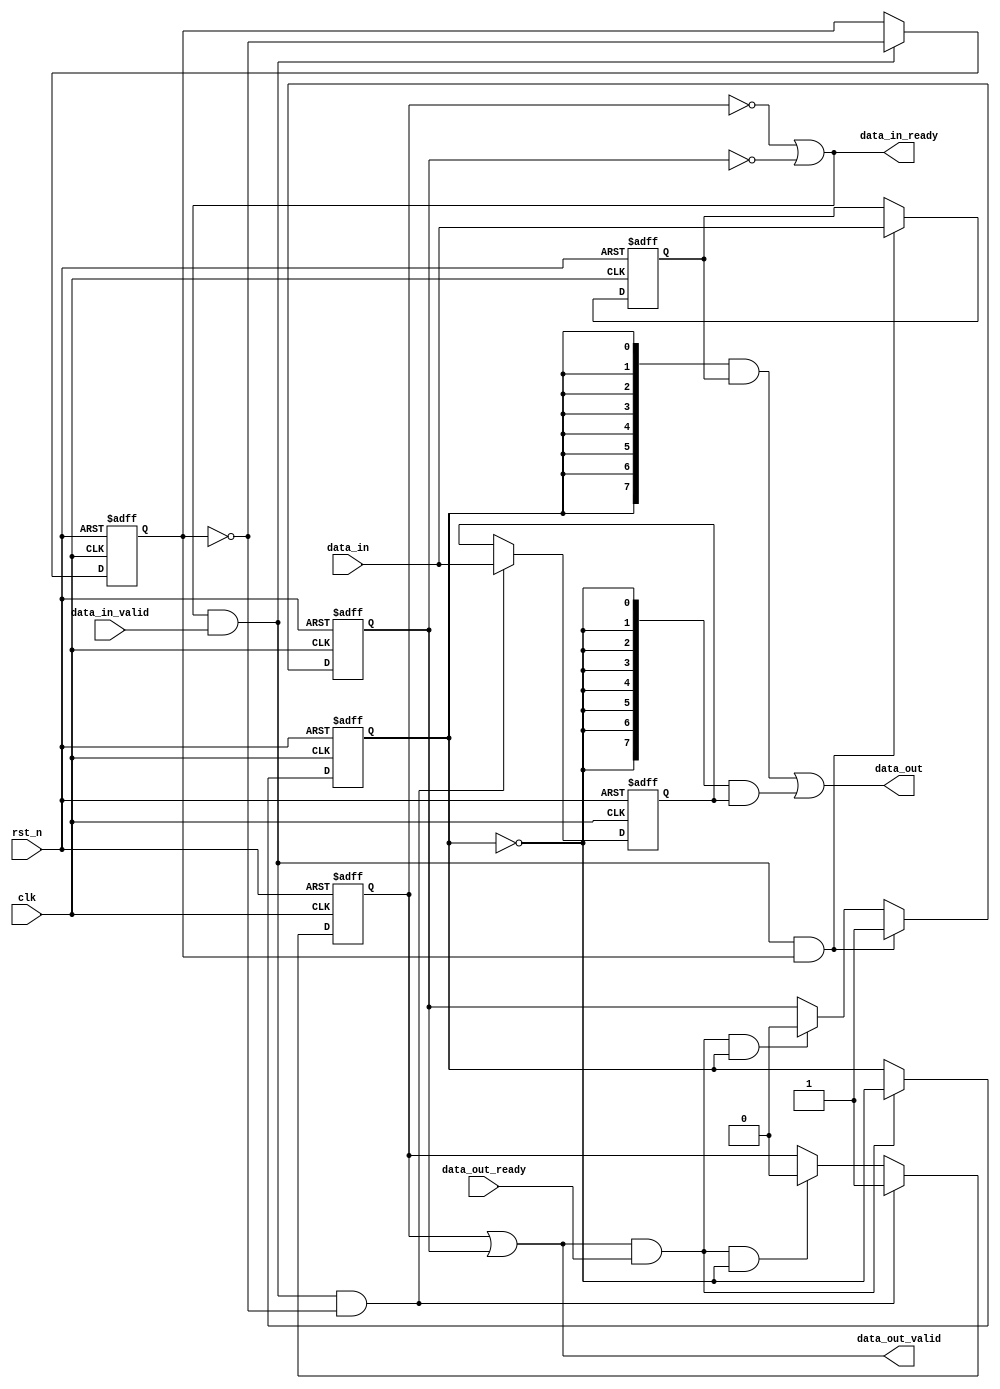
// This program was cloned from: https://github.com/flytt-away/FPGA-Video-Capture
// License: MIT License

//******************************************************************
// Copyright (c) 2015 PANGO MICROSYSTEMS, INC
// ALL RIGHTS REVERVED.
//******************************************************************

module ipml_reg_fifo_v1_0
    #( 
       parameter W = 8
     )
    (
      input                     clk,
      input                     rst_n,

      input                     data_in_valid,
      input  [W-1:0]            data_in,
      output                    data_in_ready,

      input                     data_out_ready,
      output [W-1:0]            data_out,
      output                    data_out_valid
    );

//
reg  [W-1:0]                data_0;
reg  [W-1:0]                data_1;
reg                         wptr;
reg                         rptr;
reg                         data_valid_0;
reg                         data_valid_1;

wire                        fifo_read;
wire                        fifo_write;

// handshake
assign fifo_write = data_in_ready & data_in_valid;
assign fifo_read  = data_out_valid & data_out_ready;

always@(posedge clk or negedge rst_n)
begin
    if (!rst_n)
        wptr <= 1'b0;
    else if (fifo_write)
        wptr <= ~wptr;
end

always@(posedge clk or negedge rst_n)
begin
    if (!rst_n)
        rptr <= 1'b0;
    else if (fifo_read)
        rptr <= ~rptr;
end

always@(posedge clk or negedge rst_n)
begin
    if(!rst_n)
        data_0 <= {W{1'b0}};
    else if (fifo_write & ~wptr)
        data_0 <= data_in;
end

always@(posedge clk or negedge rst_n)
begin
    if(!rst_n)
        data_1 <= {W{1'b0}};
    else if (fifo_write & wptr)
        data_1 <= data_in;
end

// valid
assign data_out_valid = data_valid_0 | data_valid_1;
assign data_in_ready = ~data_valid_0 | ~data_valid_1;
always@(posedge clk or negedge rst_n)
begin
    if(!rst_n)
        data_valid_0 <= 1'b0;
    else if (fifo_write & ~wptr)
        data_valid_0 <= 1'b1;
    else if (fifo_read & ~rptr)
        data_valid_0 <= 1'b0;
end

always@(posedge clk or negedge rst_n)
begin
    if(!rst_n)
        data_valid_1 <= 1'b0;
    else if (fifo_write & wptr)
        data_valid_1 <= 1'b1;
    else if (fifo_read & rptr)
        data_valid_1 <= 1'b0;
end

//
assign data_out = ({W{rptr}} & data_1) | ({W{~rptr}} & data_0);

endmodule